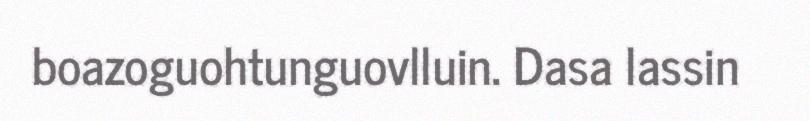
boazoguohtunguovlluin. Dasa lassin